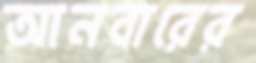
আনবারের